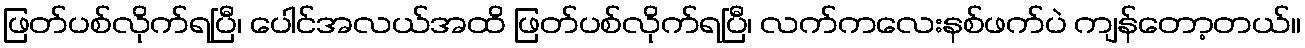
ဖြတ်ပစ်လိုက်ရပြီ၊ ပေါင်အလယ်အထိ ဖြတ်ပစ်လိုက်ရပြီ၊ လက်ကလေးနစ်ဖက်ပဲ ကျန်တော့တယ်။